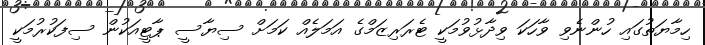
ހިމާޔަތުގައި ހުންނެވި ވާހަކަ ވިދާޅުވުމަކީ ޓެރަރިޒަމްގެ އަމަލެއް ކަމަށް ސިޔާސީ ޕާޓީއަކުން ސިފަކުރުމަކީ